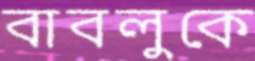
বাবলুকে